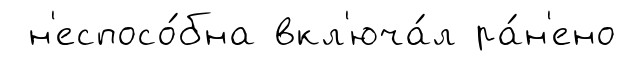
н'еспосо́бна вкл'юча́л ра́н'ено